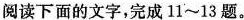
阅读下面的文字，完成11~13题。